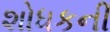
શોધકની